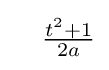
\quad {\tfrac {t^{2}+1}{2a}}